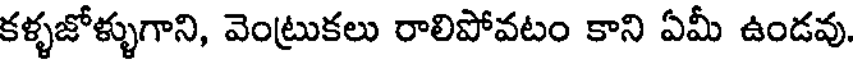
కళ్ళజోళ్ళుగాని, వెంట్రుకలు రాలిపోవటం కాని ఏమీ ఉండవు.